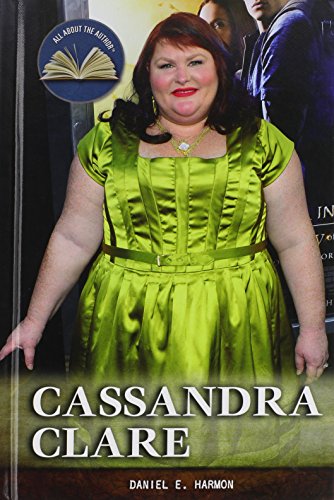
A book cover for Cassandra Clare (All about the Author); Daniel E. Harmon; Teen & Young Adult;